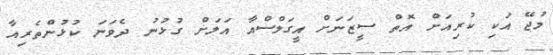
މުޖޭ އަކި ކުރިއަށް އޮތް ސީޒަނަށް އީގަލްސްއާ އަލަށް ގުޅުނު ދެވަނަ ކުޅުންތެރިއާ